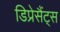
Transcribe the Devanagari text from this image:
डिप्रेसैंट्स